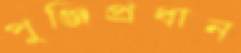
পুঞ্জিপ্রধান